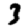
Digit: 3